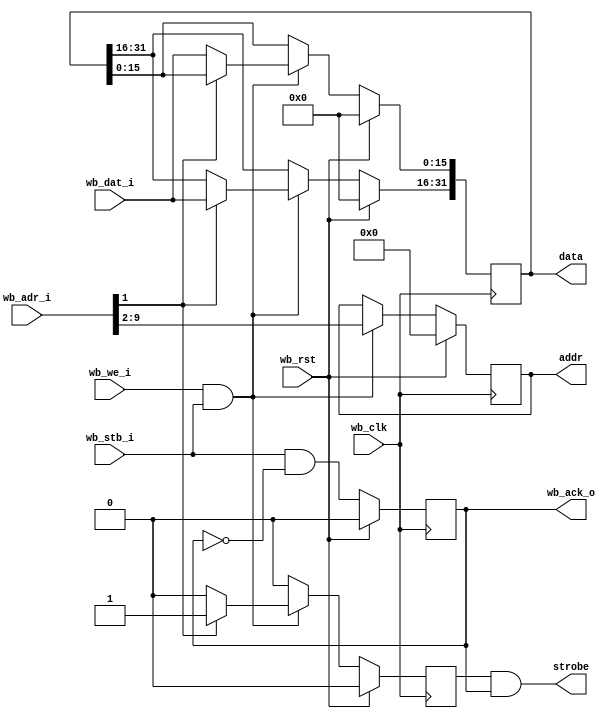
module settings_bus_16LE
  #(parameter AWIDTH=16, RWIDTH=8)
    (input wb_clk, 
     input wb_rst, 
     input [AWIDTH-1:0] wb_adr_i,
     input [15:0] wb_dat_i,
     input wb_stb_i,
     input wb_we_i,
     output reg wb_ack_o,
     output strobe,
     output reg [7:0] addr,
     output reg [31:0] data);

   reg 		       stb_int;
   
   always @(posedge wb_clk)
     if(wb_rst)
       begin
	  stb_int <= 1'b0;
	  addr <= 8'd0;
	  data <= 32'd0;
       end
     else if(wb_we_i & wb_stb_i)
       begin
	  addr <= wb_adr_i[RWIDTH+1:2];  // Zero pad high bits
	  if(wb_adr_i[1])
	    begin
	       stb_int <= 1'b1;     // We now have both halves
	       data[31:16] <= wb_dat_i;
	    end
	  else
	    begin
	       stb_int <= 1'b0;     // Don't strobe, we need other half
	       data[15:0] <= wb_dat_i;
	    end
       end
     else
       stb_int <= 1'b0;

   always @(posedge wb_clk)
     if(wb_rst)
       wb_ack_o <= 0;
     else
       wb_ack_o <= wb_stb_i & ~wb_ack_o;

   assign strobe = stb_int & wb_ack_o;
          
endmodule